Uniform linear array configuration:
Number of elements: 12
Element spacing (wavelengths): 1
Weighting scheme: blackman
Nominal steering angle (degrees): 60
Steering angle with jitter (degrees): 61.607
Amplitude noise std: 0.05
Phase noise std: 0.05

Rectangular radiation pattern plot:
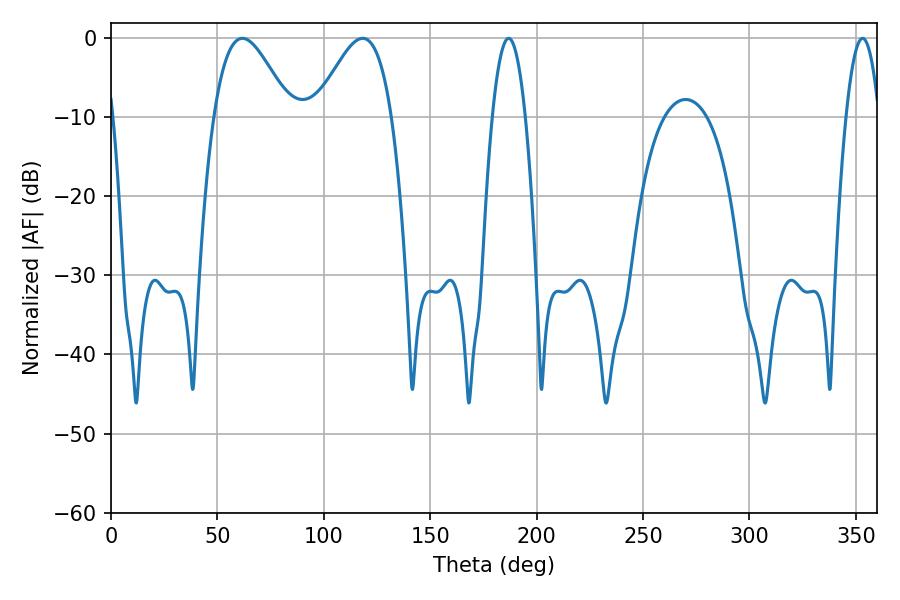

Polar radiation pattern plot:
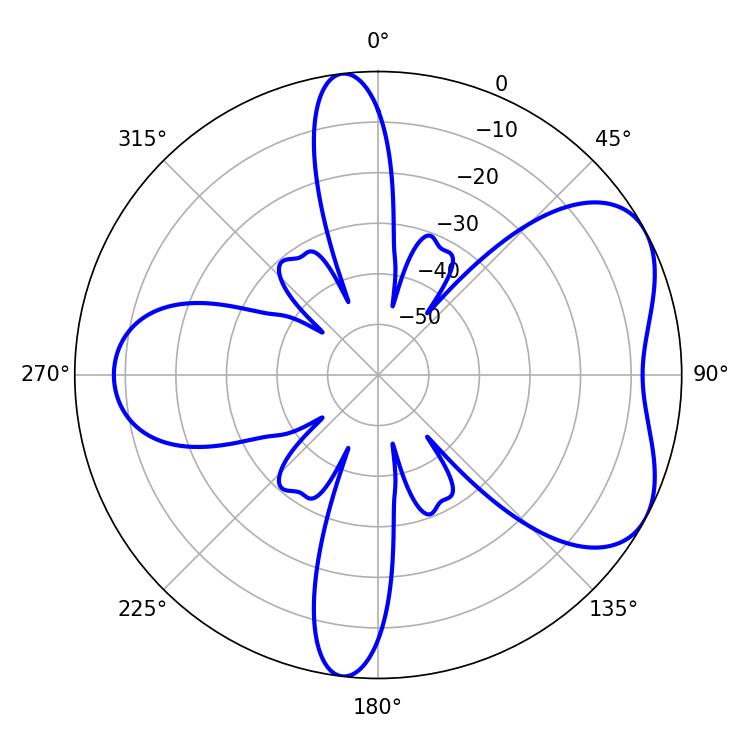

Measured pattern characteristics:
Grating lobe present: TRUE
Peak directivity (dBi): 5.413
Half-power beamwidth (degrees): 19.08
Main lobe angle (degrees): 61.74